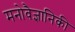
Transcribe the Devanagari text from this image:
मनोवैज्ञानिकी